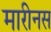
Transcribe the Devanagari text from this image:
मारीनस